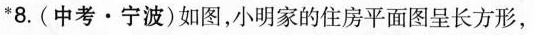
*8.(中考·宁波)如图，小明家的住房平面图呈长方形，